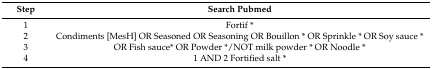
| Step | Search Pubmed |
 | --- | --- |
 | 1 | Fortif * |
 | 2 | Condiments [MesH] OR Seasoned OR Seasoning OR Bouillon * OR Sprinkle * OR Soy sauce * |
 | 3 | OR Fish sauce* OR Powder */NOT milk powder * OR Noodle * |
 | 4 | 1 AND 2 Fortified salt * |